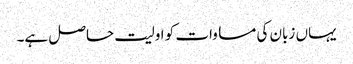
یہاں زبان کی مساوات کو اولیت حاصل ہے۔